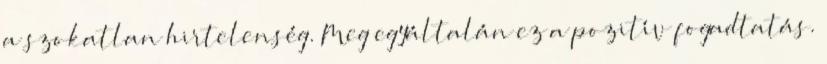
a szokatlan hirtelenség. Meg egyáltalán ez a pozitív fogadtatás.